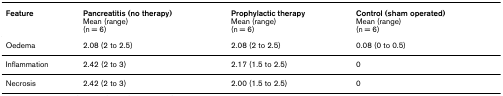
<table><thead><tr><td><b>Feature</b></td><td><b>Pancreatitis (no therapy)Mean (range)(n = 6)</b></td><td><b>Prophylactic therapyMean (range)(n = 6)</b></td><td><b>Control (sham operated)Mean (range)(n = 6)</b></td></tr></thead><tbody><tr><td>Oedema</td><td>2.08 (2 to 2.5)</td><td>2.08 (2 to 2.5)</td><td>0.08 (0 to 0.5)</td></tr><tr><td>Inflammation</td><td>2.42 (2 to 3)</td><td>2.17 (1.5 to 2.5)</td><td>0</td></tr><tr><td>Necrosis</td><td>2.42 (2 to 3)</td><td>2.00 (1.5 to 2.5)</td><td>0</td></tr></tbody></table>